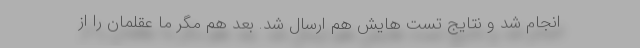
انجام شد و نتایج تست هایش هم ارسال شد. بعد هم مگر ما عقلمان را از